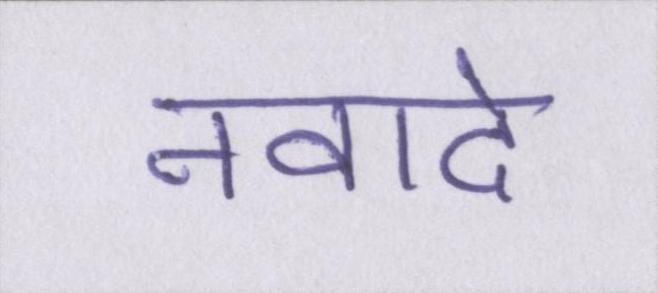
नवादे